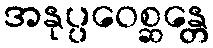
အနုပ္ပဝေစ္ဆန္တေ